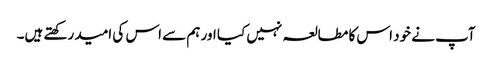
آپ نے خود اس کا مطالعہ نہیں کیا اور ہم سے اس کی امید رکھتے ہیں۔